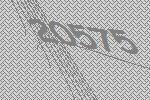
20575